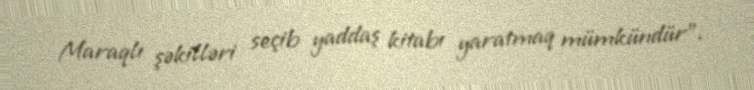
Maraqlı şəkilləri seçib yaddaş kitabı yaratmaq mümkündür”.